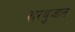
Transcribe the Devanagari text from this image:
खरबुजात